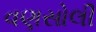
વણસોલી